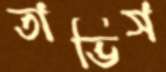
তাভিস